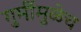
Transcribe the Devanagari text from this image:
गुर्मीमुळेच